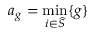
a _ { g } = \operatorname* { m i n } _ { i \in \widehat { S } } \{ g \}